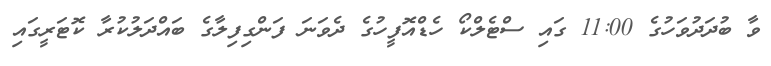
ވާ ބުދަަދުވަހުގެ 11:00 ގައި ސްޓެލްކޯ ހެޑްއޮފީހުގެ ދެވަނަ ފަންގިފިލާގެ ބައްދަލުކުރާ ކޮޓަރީގައި